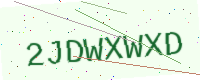
Text: 2JDWXWXD